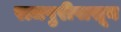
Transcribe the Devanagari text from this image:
राजपुरीपासून